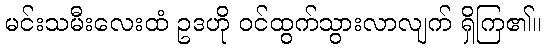
မင်းသမီးလေးထံ ဥဒဟို ဝင်ထွက်သွားလာလျက် ရှိကြ၏။